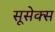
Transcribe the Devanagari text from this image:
सूसेक्स